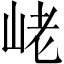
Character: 峔